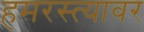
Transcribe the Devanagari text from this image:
हमरस्त्यावर